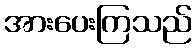
အားပေးကြသည်